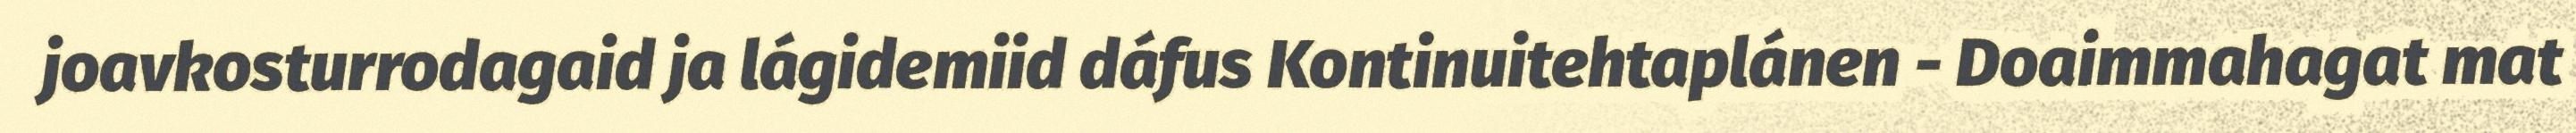
joavkosturrodagaid ja lágidemiid dáfus Kontinuitehtaplánen - Doaimmahagat mat